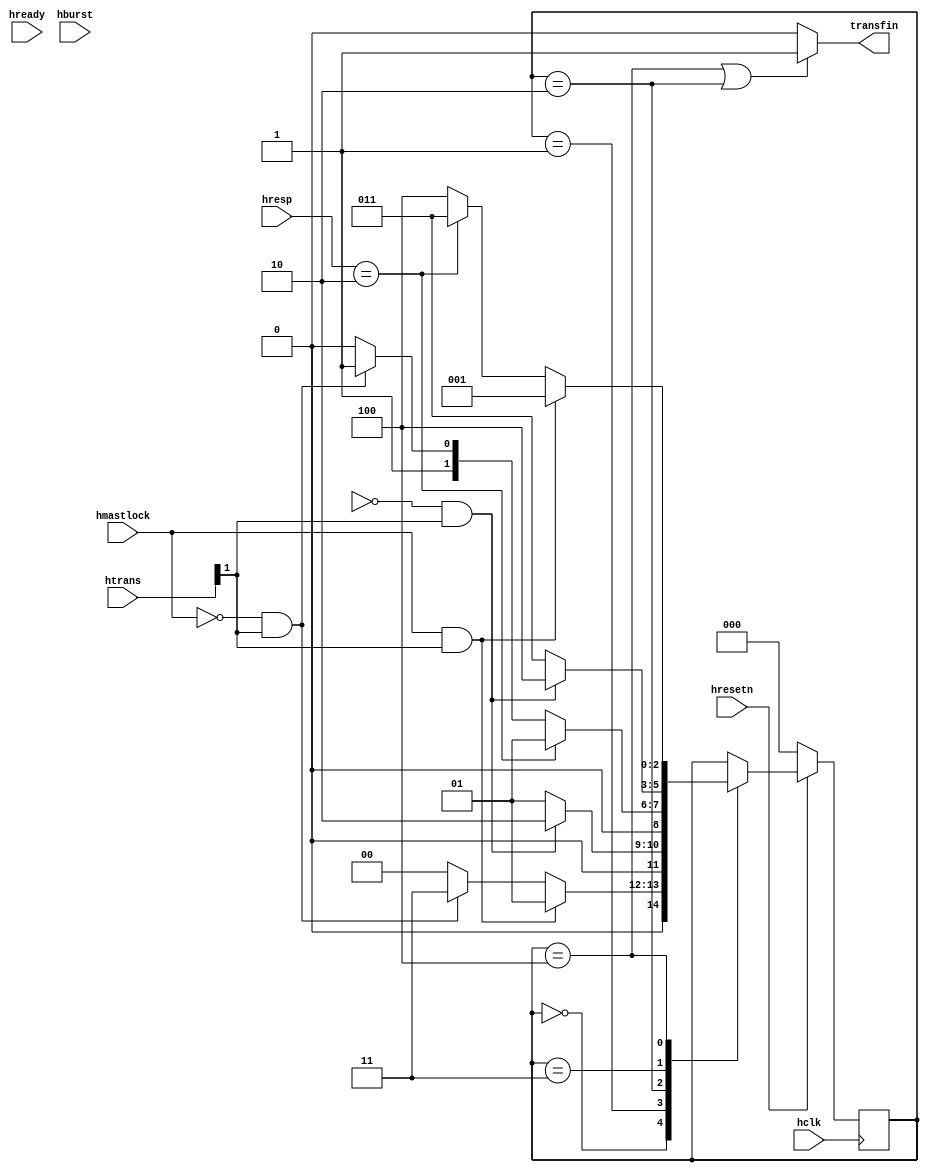
module trans_finish(
					input				hclk,
					input				hresetn,
					input				hready,
					input  		 [1:0]	hresp,
					input 		 [1:0]	htrans,
					input  		 [2:0]	hburst,
					input				hmastlock,
//					input 		 [31:0]	haddr,
					output				transfin              //transfer finish
					);

parameter	IDLE 		= 3'b000;
parameter	LOCKTRANS	= 3'b001;
parameter	LASTLOCK	= 3'b010;
parameter	BURST		= 3'b011;
parameter	LASTBURST	= 3'b100;				
parameter	RETRY		= 2'b10;
					
reg  [2:0]	state;					
reg  [2:0]	nxt_state;					
reg	 [3:0]	hburst_q;

					
wire		lock_trans;
wire		normal_trans;
wire		last_trans;					
					
always @(posedge hclk)  begin
if(!hresetn)
	state <= IDLE;
else
	state <= nxt_state;
end

always @(lock_trans, normal_trans, last_trans, hresp, state)  begin
case(state)
IDLE:
	if(lock_trans)
		nxt_state = LOCKTRANS;
	else if(normal_trans)
		nxt_state = BURST;
	else
		nxt_state = IDLE;
LOCKTRANS:
	if(last_trans)
		nxt_state = LASTLOCK;
	else
		nxt_state = LOCKTRANS;
LASTLOCK:
	if(hresp==RETRY)
		nxt_state = LOCKTRANS;
	else if(normal_trans)
		nxt_state = BURST;
	else
		nxt_state = LASTLOCK;
BURST:
	if(last_trans)
		nxt_state = LASTBURST;
	else
		nxt_state = BURST;
LASTBURST:
	if(lock_trans)
		nxt_state = LOCKTRANS;
	else if(hresp==RETRY)
		nxt_state = BURST;
	else
		nxt_state = LASTBURST;
default:
	nxt_state = state;
endcase
end


assign lock_trans = hmastlock&htrans[1];
assign normal_trans = (~hmastlock)&htrans[1];
assign last_trans = (hburst_q==4'b000)&htrans[1];

assign transfin = ((state==LASTBURST)|(state==LASTLOCK))?
						1'b1:1'b0;

endmodule